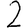
Digit: 2